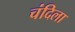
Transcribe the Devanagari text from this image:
चंदिला